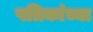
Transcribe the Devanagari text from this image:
पत्रिकांच्या